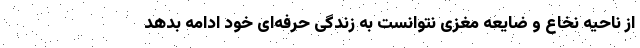
از ناحیه نخاع و ضایعه مغزی نتوانست به زندگی حرفه‌ای خود ادامه بدهد